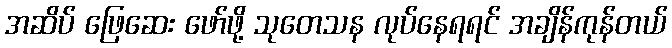
အဆိပ် ဖြေဆေး ဖော်ဖို့ သုတေသန လုပ်နေရရင် အချိန်ကုန်တယ်